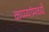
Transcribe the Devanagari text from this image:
कप्प्यांमध्ये